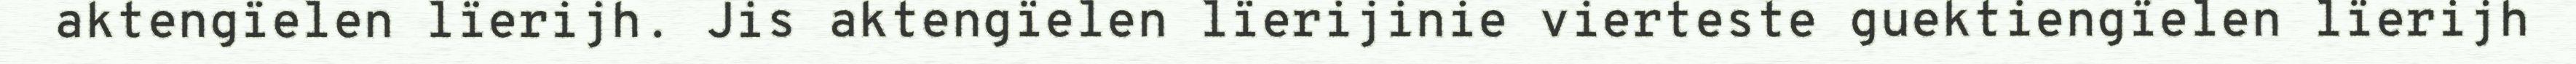
aktengïelen lïerijh. Jis aktengïelen lïerijinie vierteste guektiengïelen lïerijh